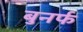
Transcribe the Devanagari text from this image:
बुनर्फ